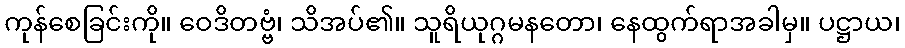
ကုန်စေခြင်းကို။ ဝေဒိတဗ္ဗံ၊ သိအပ်၏။ သူရိယုဂ္ဂမနတော၊ နေထွက်ရာအခါမှ။ ပဋ္ဌာယ၊